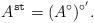
LaTeX: \begin{align*} A^{\tt st} = (A^{\circ})^{\circ'}.\end{align*}